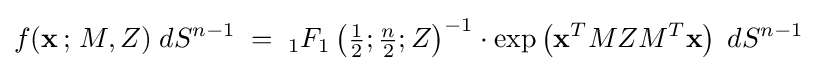
f(\mathbf {x} \,;\,M,Z)\;dS^{n-1}\;=\;{}_{1}F_{1}\left({\tfrac {1}{2}};{\tfrac {n}{2}};Z\right)^{-1}\cdot \exp \left(\mathbf {x} ^{T}MZM^{T}\mathbf {x} \right)\;dS^{n-1}